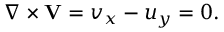
\nabla \times \mathbf { V } = v _ { x } - u _ { y } = 0 .